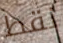
نقط